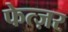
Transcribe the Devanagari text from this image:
फेत्ज़र